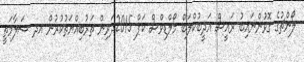
ލޯންޗުގެ ގޮވުންނައިބު ރައީސް އަދީބުކްލަބް މޯލްޑިވްސް ކަޕް 2015ދަރިން ތަރުބިއްޔަތުކުރުން އދ ސަލާމަތީ